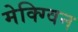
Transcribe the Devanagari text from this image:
मेक्ग्विन